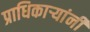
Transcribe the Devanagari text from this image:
प्राधिकाऱ्यांनी